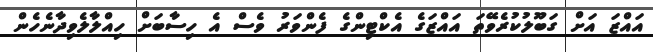
އައްޒަ އަށް ގަބޫލުކުރެވޭތަ އައްޒަގެ އެކްޓިންގެ ފެންވަރު ވެސް އެ ހިސާބަށް ހިއްލާލެވިދާނެހެން